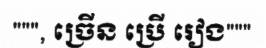
""", ច្រើន ប្រើ រៀង"""